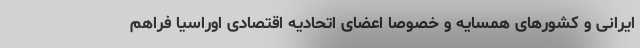
ایرانی و کشورهای همسایه و خصوصاً اعضای اتحادیه اقتصادی اوراسیا فراهم